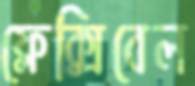
ফ্লেক্সিবেল